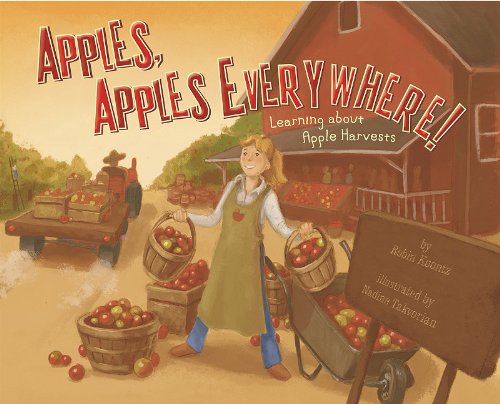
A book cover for Apples, Apples Everywhere!: Learning About Apple Harvests (Autumn); Robin Koontz; Children's Books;